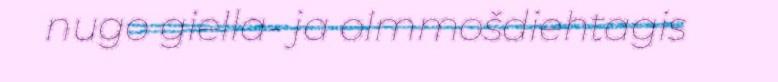
nugo giella- ja olmmošdiehtagis